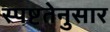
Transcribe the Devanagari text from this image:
स्पष्टतेनुसार